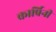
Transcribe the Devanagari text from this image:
कार्प्रिनी